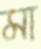
মা